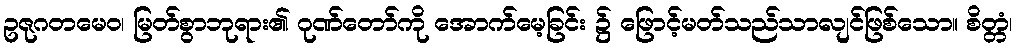
ဥဇုဂတမေဝ၊ မြတ်စွာဘုရား၏ ဂုဏ်တော်ကို အောက်မေ့ခြင်း ၌ ဖြောင့်မတ်သည်သာလျင်ဖြစ်သော။ စိတ္တံ၊